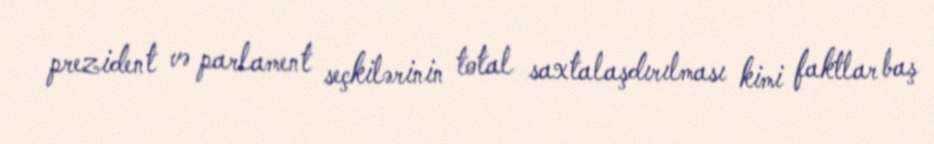
prezident və parlament seçkilərinin total saxtalaşdırılması kimi faktlar baş